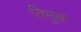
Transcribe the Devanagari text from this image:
तिमुक